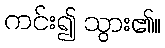
ကင်း၍ သွား၏။